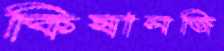
কিষানজি